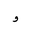
Letter: _waw